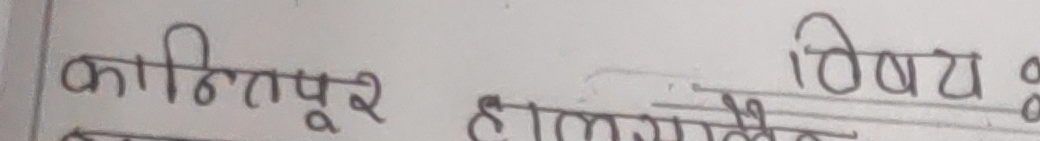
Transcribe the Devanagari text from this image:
कान्तिपुर हलमा ले विषय :